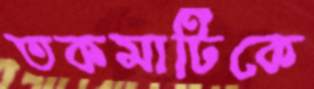
তকমাটিকে